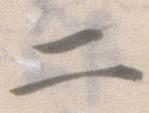
二